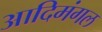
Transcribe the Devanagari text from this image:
आदिमंगल